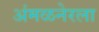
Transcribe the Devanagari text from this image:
अंमळनेरला